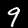
Label: 9